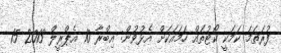
ފުރަތަމަ ކަމަކީ ކޯޓުތައް ހަމައަކަށް އެޅުވުން: އިބްރާ 10 އެޕްރީލް 2013 15